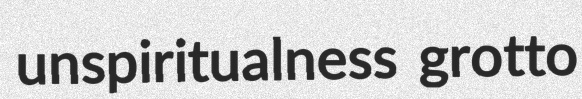
unspiritualness grotto